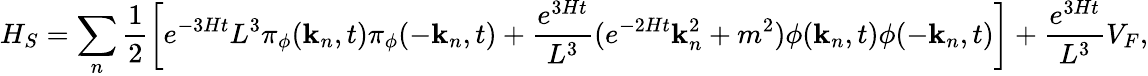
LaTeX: H_{S}=\sum_{n}\frac{1}{2}\left[e^{-3Ht}L^{3}\pi_{\phi}({\mathbf k}_{n},t)\pi_{\phi}(-{\mathbf k}_{n},t)+\frac{e^{3Ht}}{L^{3}}(e^{-2Ht}{\mathbf k}_{n}^{2}+m^{2})\phi({\mathbf k}_{n},t)\phi(-{\mathbf k}_{n},t)\right]+\frac{e^{3Ht}}{L^{3}}V_{F},